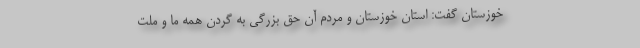
خوزستان گفت: استان خوزستان و مردم آن حق بزرگی به گردن همه ما و ملت